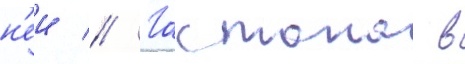
н'еи // Гастона в